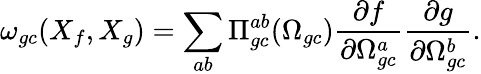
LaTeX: \omega_{gc}(X_{f},X_{g})=\sum_{ab}\Pi_{gc}^{ab}(\Omega_{gc})\frac{\partial f}{\partial\Omega_{gc}^{a}}\frac{\partial g}{\partial\Omega_{gc}^{b}}.